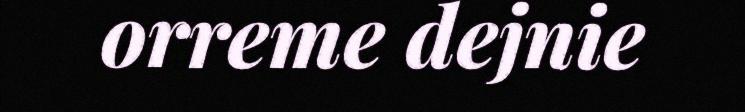
orreme dejnie